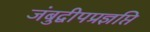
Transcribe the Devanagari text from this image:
जंबुद्वीपप्रज्ञप्ति